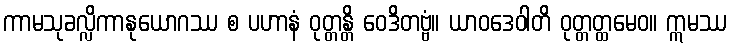
ကာမသုခလ္လိကာနုယောဂဿ စ ပဟာနံ ဝုတ္တန္တိ ဝေဒိတဗ္ဗံ။ ယာဝဒေဝါတိ ဝုတ္တတ္ထမေဝ။ ဣမဿ